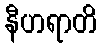
နီဟရာတိ